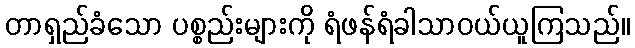
တာရှည်ခံသော ပစ္စည်းများကို ရံဖန်ရံခါသာဝယ်ယူကြသည်။